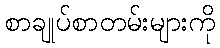
စာချုပ်စာတမ်းများကို